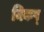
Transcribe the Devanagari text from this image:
निकष्